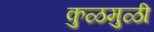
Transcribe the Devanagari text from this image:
कुळमुळी